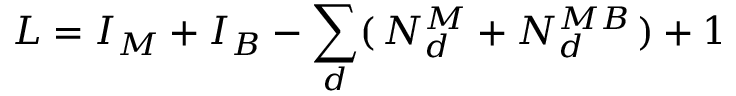
L = I _ { M } + I _ { B } - \sum _ { d } ( \, N _ { d } ^ { M } + N _ { d } ^ { M B } \, ) + 1